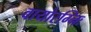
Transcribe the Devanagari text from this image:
वायोरग्निः